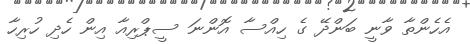
އެހެންތާ ވާނީ ބަންދޭ ގެ ހިއްސާ އޮންނަ ސީޕްރިއާ އިން ހެދި ހުރިހާ